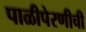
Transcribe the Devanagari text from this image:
पाळीपेरणीची